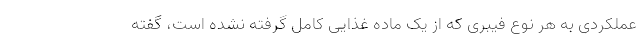
عملکردی به هر نوع فیبری که از یک ماده غذایی کامل گرفته نشده است، گفته